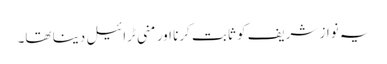
یہ نواز شریف کو ثابت کرنا اور منی ٹرائیل دینا تھا۔